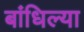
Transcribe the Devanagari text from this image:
बांधिल्या